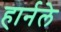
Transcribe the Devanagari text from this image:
हार्नले